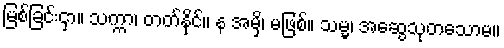
မြစ်ခြင်းငှာ။ သက္ကာ၊ တတ်နိုင်။ န အမှိ၊ မဖြစ်။ သမ္မ၊ အဆွေသုတသောမ။